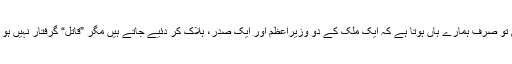
یہ کام تو صرف ہمارے ہاں ہوتا ہے کہ ایک ملک کے دو وزیراعظم اور ایک صدر، ہلاک کر دئیے جاتے ہیں مگر ”قاتل“ گرفتار نہیں ہو پاتے!